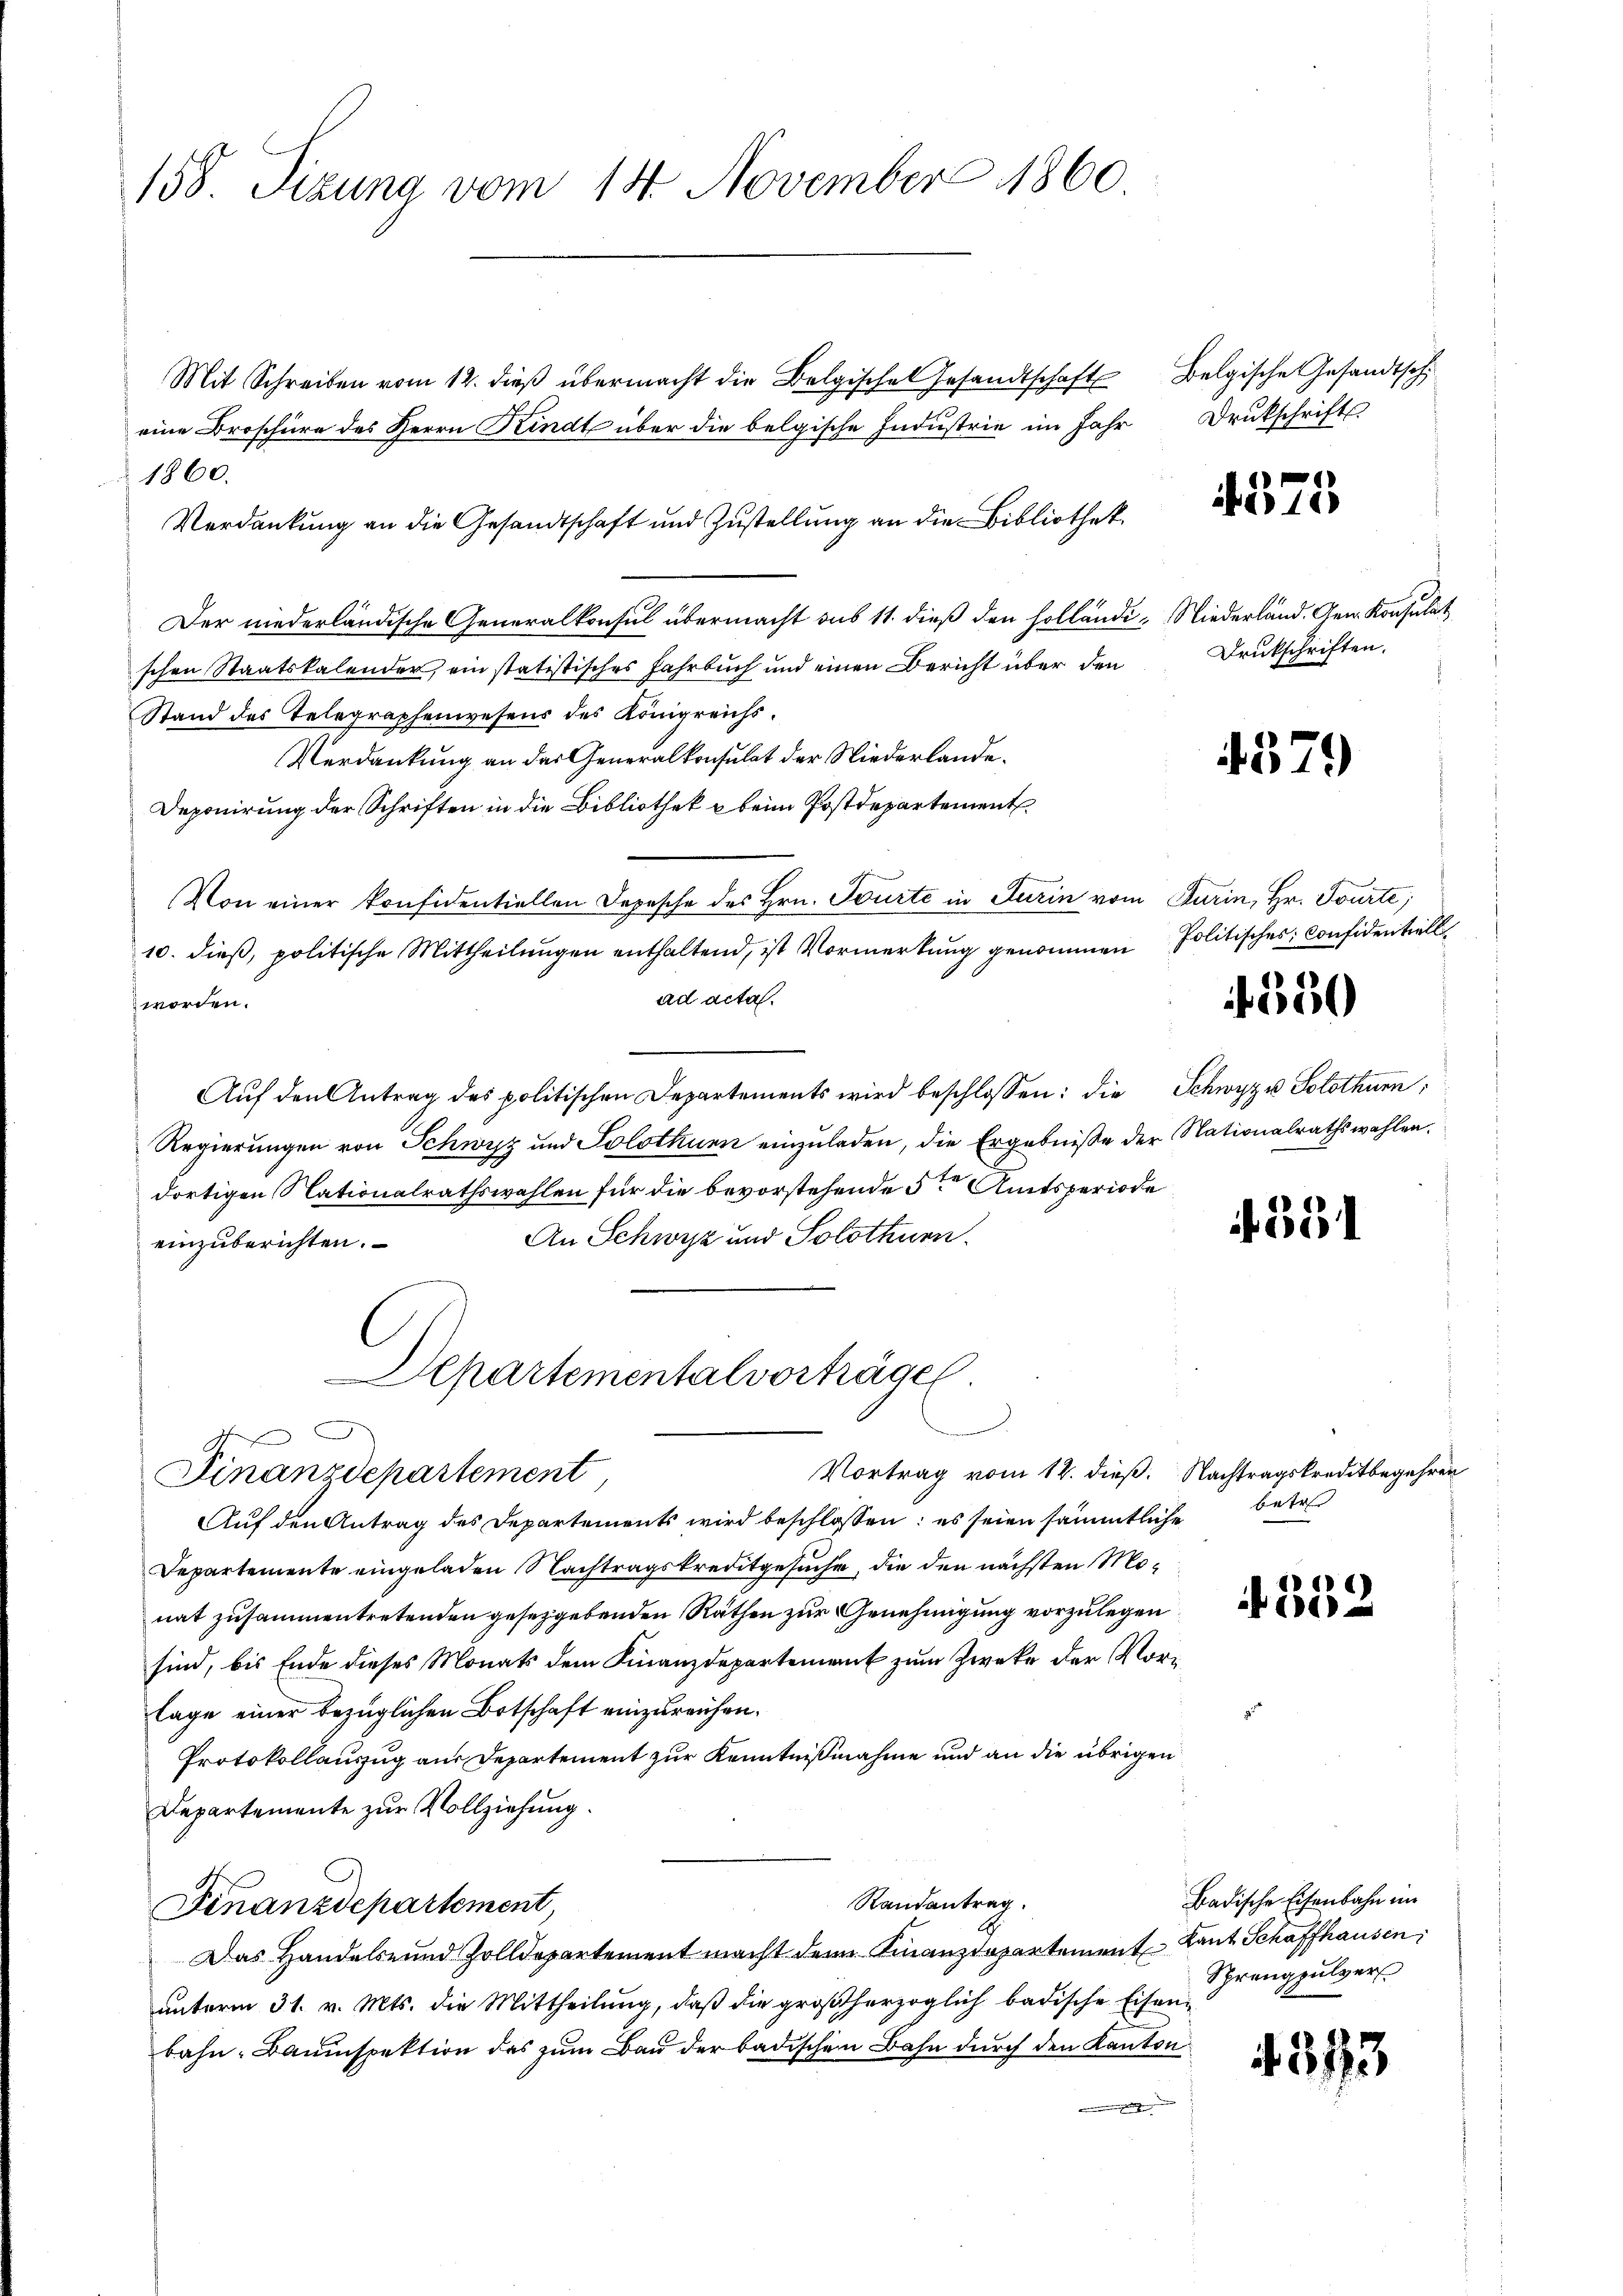
158. Sizung vom 14. November 1860

Mit Schreiben vom 12. dieβ übermacht die Belgisches Gesandtschaft Belgische Gesandtsch
eine Broschüre des Herrn Kindt über die belgische Industrie im Jahr Drukschrifts
1860.
Verdankung an die Gesandtschaft und Zustellung an die Bibliothek
Der niederländische Generalkonsul übermacht aus 11. dieß den Holländi-Niederländ. Gen. Konsulat
schen Staatskalender, ein statistisches Fahrbuch und einen Bericht über den
Stand des Telegraphenwesens des Königreichs¬
Verdankung an das Generalkonsulat der Niederlande¬
Deponirung der Schriften in die Bibliothek u beim Postdepartement
Von einer konsidentiellen Depesche des Hrn. Tourte in Turin vom Turin, Hr. Tourte;
10. dieβ, politische Mittheilungen enthaltend, ist Vormerkung genommen Politisches Confidentiell
ad acta.
worden.
Aŭf den Antrag des politischen Departements wird beschlossen: die Schwyz Solothurn,
Regierungen von Schwyz und Solothurn einzuladen, die Ergebniße der Nationalrathswahlen.
dortigen Nationalrathswahlen für die bevorstehende 5ten Amtsperiode
An Schwyz und Solothurn.
einzuberichten.
Departementalvorträge.
9
Vortrag vom 12. dieß. Nachtragskreditbegehren
Finanzdepartement
Auf den Antrag des Departements wird beschlossen: es seien sämmtliche betr
Departemente eingeladen Nachtragskreditgesuche, die den nächsten Monat zusammentretenden gesetzgebenden Räthen zur Genehmigung vorzulegen
sind, bis Ende dieses Monats dem Finanzdepartement zum Zweke der Vorlage einer bezüglichen Botschaft einzureichen.
Protokollauszug aus Departement zur Kenntnißnahme und an die übrigen
Departemente zur Vollziehung.
Randantrag
Finanzdepartement,
Das Handels- und Zolldepartement macht dem Finanzdepartement Laut Schaffhausen,
unterm 31. v. Mts. die Mittheilung, daß die großherzoglich badische Eisenbahn-Bauinspektion das zum Bau der badischen Bahn durch den Kanton
e

4371

Druckschriften.

4579)

4550

351

.
 51

593

Badische Eisenbahn im
Sprengpulver